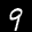
Label: 9